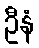
ဦနံ